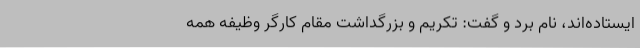
ایستاده‌اند، نام برد و گفت: تکریم و بزرگداشت مقام کارگر وظیفه همه